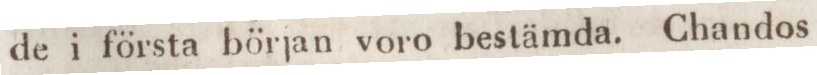
de i första början voro bestämda. Chandos